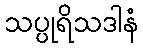
သပ္ပုရိသဒါနံ